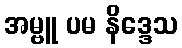
အမ္ဗူ ပမ နိဒ္ဒေသ